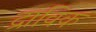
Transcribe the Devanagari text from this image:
द्राविक